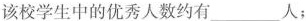
该校学生中的优秀人数约有___人；